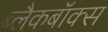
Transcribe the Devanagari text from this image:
ब्लैकबॉक्स